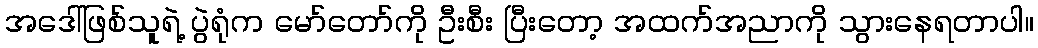
အဒေါ်ဖြစ်သူရဲ့ ပွဲရုံက မော်တော်ကို ဦးစီး ပြီးတော့ အထက်အညာကို သွားနေရတာပါ။